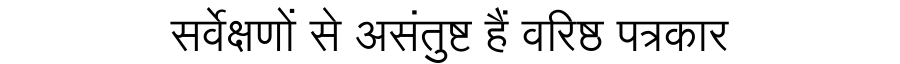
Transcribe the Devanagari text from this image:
सर्वेक्षणों से असंतुष्ट हैं वरिष्ठ पत्रकार